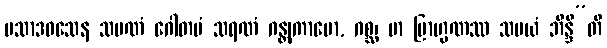
ပသာဒဝသေန သမဏံ ဂေါတမံ သရဏံ ဂန္တုကာမော, ဂစ္ဆ၊ မာ ဗြာဟ္မဏဿ သမယံ ဘိန္ဒီ”တိ